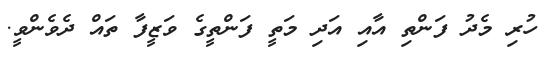
ހުރި މެދު ފަންތި އާއި އަދި މަތީ ފަންތީގެ ވަޒީފާ ތައް ދެވެންވީ.